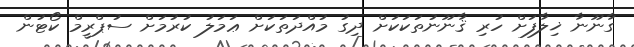
ގާނޫނާ ޚިލާފަށް ހުރި ޤާނޫނުތަކަކަށް ދިގު މުއްދަތަކަށް ޢަމަލު ކުރުމަށް ސުޕްރީމް ކޯޓުން